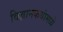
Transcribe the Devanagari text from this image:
विज्ञानकथांमध्ये